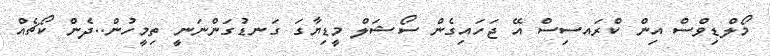
މޯލްޑިވްސް އިން ކްރައސިސް އޭ ޖަހައިގެން ސޯޝަލް މީޑިޔާގަ ގަނޑުގަންނަނީ ތިމީހުން..ދެން ކޯޗެއް